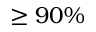
\geq 9 0 \%